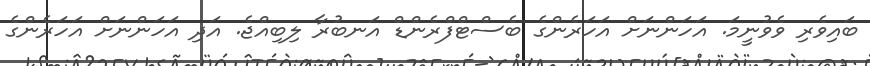
ބައިވެރި ވެވުނީމަ. އަހަންނަށް އަހަރެންގެ ބެސްޓްފްރެންޑް އަނބުރާ ލިބިއްޖެ. އަދި އަހަންނަށް އަހަރެންގެ